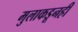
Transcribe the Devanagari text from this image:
मुलाकडूनही